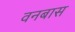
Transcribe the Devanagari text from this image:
वनबास